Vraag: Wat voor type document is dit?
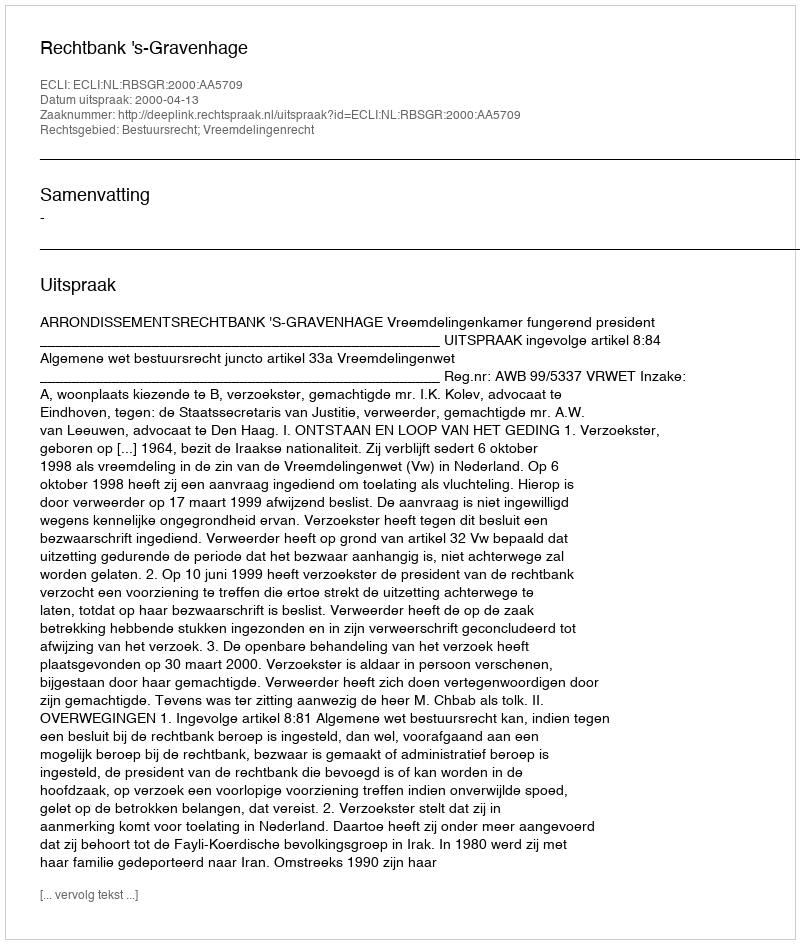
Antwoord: Uitspraak